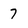
Character: 7